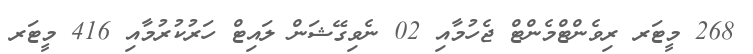
268 މީޓަރ ރިވެންޓްމެންޓް ޖެހުމާއި 02 ނެވިގޭޝަން ލައިޓް ހަރުކުރުމާއި 416 މީޓަރ